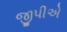
જીપીએ